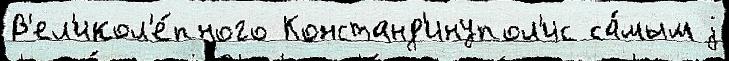
В'ел'икол'е́пного Констанд'инупол'ис са́мым j